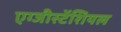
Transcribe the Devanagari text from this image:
एग्जीस्टेंशियल